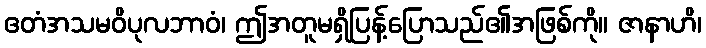
ဧတံအသမဝိပုလဘာဝံ၊ ဤအတူမရှိပြန့်ပြောသည်၏အဖြစ်ကို။ ဇာနာဟိ၊